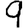
Digit: 9